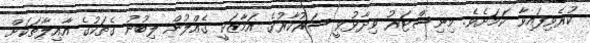
ކުރެވިފައިވާ ކަމަށެވެ. މިނިސްޓަރު ވިދާޅުވީ ސަރުކާރުގެ އަމާޒަކީ ގެއްލުން ލިބުނު ގެތަކުގެ އާއިލާތަކަށް